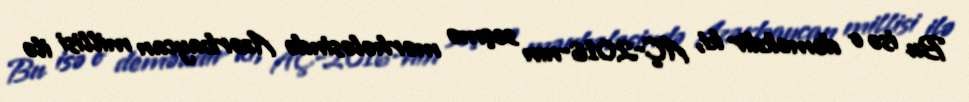
Bu isə o deməkdir ki, AÇ-2016-nın seçmə mərhələsində Azərbaycan millisi ilə